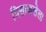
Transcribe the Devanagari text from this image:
पिसाळलेला